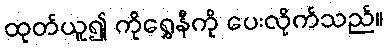
ထုတ်ယူ၍ ကိုရွှေနီကို ပေးလိုက်သည်။